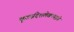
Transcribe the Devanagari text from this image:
कूटसंदेशलेखनपद्धती